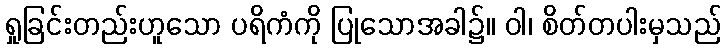
ရှုခြင်းတည်းဟူသော ပရိကံကို ပြုသောအခါ၌။ ဝါ၊ စိတ်တပါးမှသည်